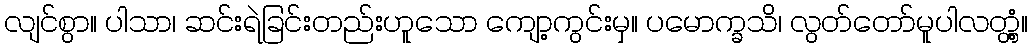
လျင်စွာ။ ပါသာ၊ ဆင်းရဲခြင်းတည်းဟူသော ကျော့ကွင်းမှ။ ပမောက္ခသိ၊ လွတ်တော်မူပါလတ္တံ့။